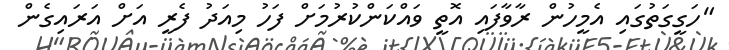
"ހަގީގަތުގައި އެމީހުން ރާވާފައި އޮތީ ވައްކަންކުރުމަށް ފަހު މިއަދު ފެރީ އަށް އަރައިގެން